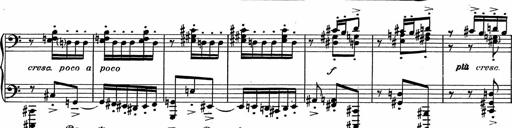
Title: 3Ã¨me Sonatine
Composer: Raffaele d' Alessandro